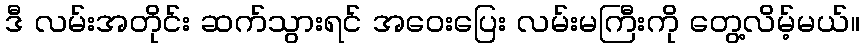
ဒီ လမ်းအတိုင်း ဆက်သွားရင် အဝေးပြေး လမ်းမကြီးကို တွေ့လိမ့်မယ်။